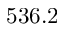
5 3 6 . 2